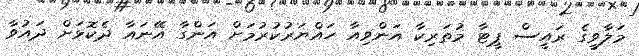
މަލާވީގެ ރައީސް ޕީޓާ މުތަރިކާ އަންވިއާ ހައްޔަރުކުރުމަށް އަންގާ އޭނައާ ދެކޮޅަށް ދައުވާ